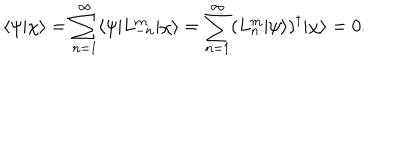
LaTeX: \langle \psi | \chi \rangle = \sum _ { n = 1 } ^ { \infty } \langle \psi | L _ { - n } ^ { \mathrm { m } } | \chi \rangle = \sum _ { n = 1 } ^ { \infty } ( L _ { n } ^ { \mathrm { m } } | \psi \rangle ) ^ { \dagger } | \chi \rangle = 0 .